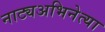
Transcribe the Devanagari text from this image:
नाट्यअभिनेत्या